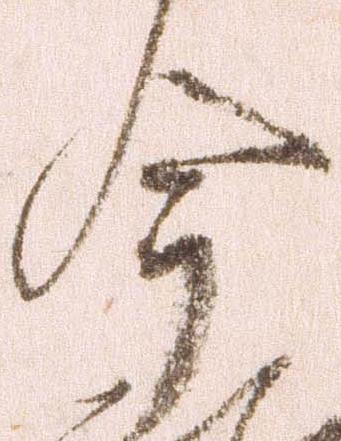
今